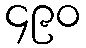
၄၉၀